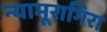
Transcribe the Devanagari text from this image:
न्यामूरागिरा